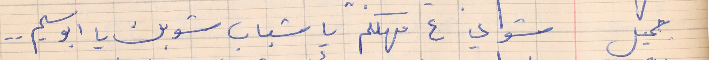
جميل      شوي ع مهلكم يا شباب شو بك يا ابو سليم . .